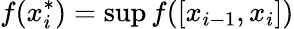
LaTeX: f(x_{i}^{*})=\operatorname*{sup}f([x_{i-1},x_{i}])